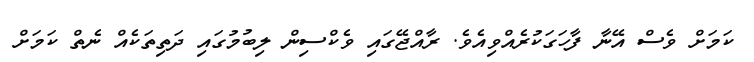
ކަމަށް ވެސް އޭނާ ފާހަގަކުރެއްވިއެވެ. ރާއްޖޭގައި ވެކްސިން ލިބުމުގައި ދަތިތަކެއް ނެތް ކަމަށް